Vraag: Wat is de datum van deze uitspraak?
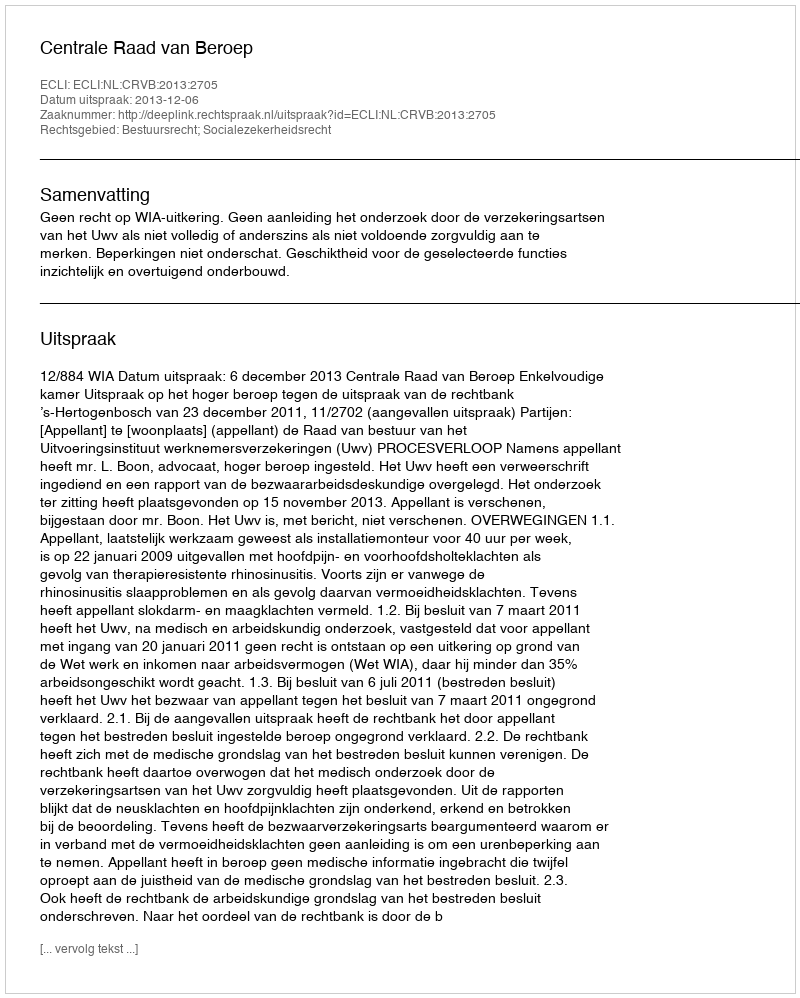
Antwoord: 2013-12-06